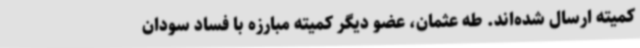
کمیته ارسال شده‌اند. طه عثمان، عضو دیگر کمیته مبارزه با فساد سودان